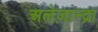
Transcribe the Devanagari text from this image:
अलेज़ान्द्रा